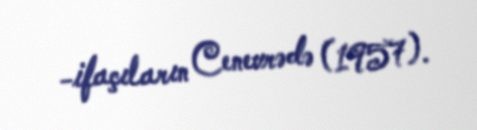
-ifaçıların Cenevrədə (1957).